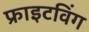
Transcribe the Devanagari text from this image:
फ्राइटविंग